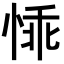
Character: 𪬁